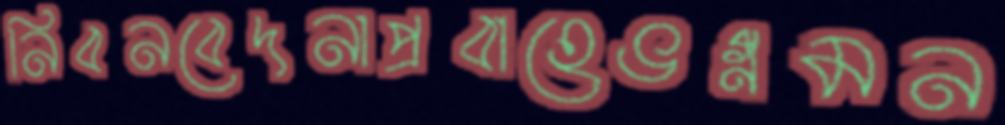
নিবনবেদনাপ্রবাহেভগ্নমন